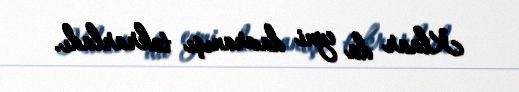
Klaar da eyni davranışı təkrarladı.